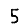
Digit: 5